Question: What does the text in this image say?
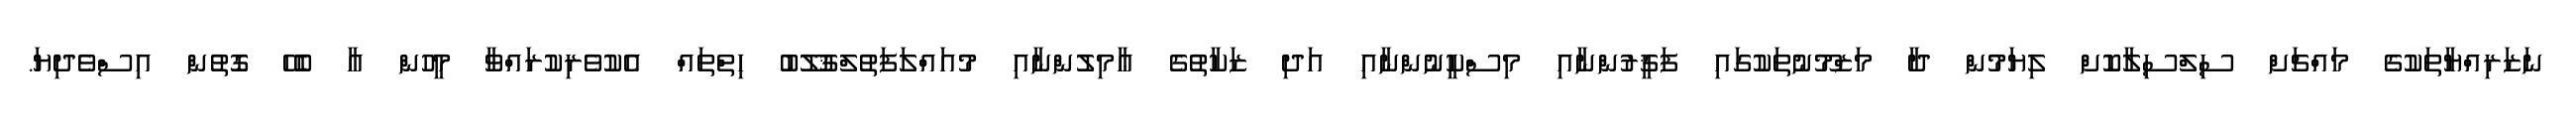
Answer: ނަޒަރިއްޔާތަކުގެ މައްޗަށް ސިލްސިލާކޮށް ލިޔަމުން ދާ މަޒްމޫނުތަކުގައި ފަޤީރުންނާއި މިސްކީނުންނާއި އަދި ޒަކާތުގެ ޢާމިލުންނާއި މުއައްލަފަތުލްޤުލޫބު ހިތްތައް އެކުވެރިކުރައްވާ މީހުން އާ ބެހޭ ގޮތުން އިސްވެދިޔަ.